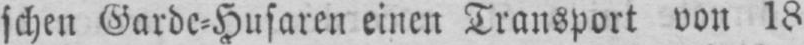
schen Garde-Husaren einen Transport von 18